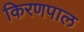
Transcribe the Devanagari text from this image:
किरणपाल